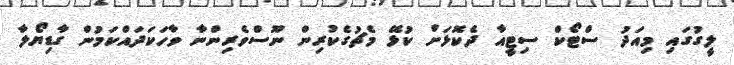
ލީގުގައި މިއަދު ސްޓޯކް ސިޓީއާ ދެކޮޅަށް ކުޅޭ މެޗުގެކުރިން ނޫސްވެރިންނާ ވާހަކަދައްކަމުން ގާޑިޔޯލާ